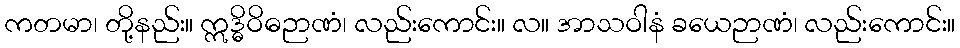
ကတမာ၊ တို့နည်း။ ဣဒ္ဓိဝိဓဉာဏံ၊ လည်းကောင်း။ လ။ အာသဝါနံ ခယေဉာဏံ၊ လည်းကောင်း။